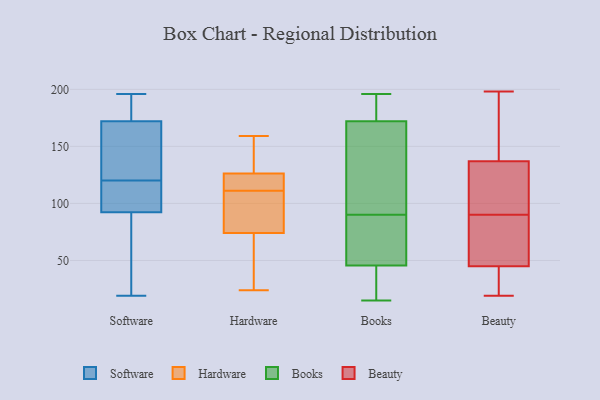
{"axis": {"x": "Market Share (%)", "y": "Value"}, "legend": ["Beauty", "Books", "Hardware", "Software"], "data": [{"x": "", "y": 177, "type": "Software"}, {"x": "", "y": 187, "type": "Software"}, {"x": "", "y": 93, "type": "Software"}, {"x": "", "y": 133, "type": "Software"}, {"x": "", "y": 132, "type": "Software"}, {"x": "", "y": 92, "type": "Software"}, {"x": "", "y": 173, "type": "Software"}, {"x": "", "y": 169, "type": "Software"}, {"x": "", "y": 114, "type": "Software"}, {"x": "", "y": 112, "type": "Software"}, {"x": "", "y": 19, "type": "Software"}, {"x": "", "y": 120, "type": "Software"}, {"x": "", "y": 48, "type": "Software"}, {"x": "", "y": 196, "type": "Software"}, {"x": "", "y": 60, "type": "Software"}, {"x": "", "y": 109, "type": "Hardware"}, {"x": "", "y": 26, "type": "Hardware"}, {"x": "", "y": 24, "type": "Hardware"}, {"x": "", "y": 142, "type": "Hardware"}, {"x": "", "y": 44, "type": "Hardware"}, {"x": "", "y": 152, "type": "Hardware"}, {"x": "", "y": 119, "type": "Hardware"}, {"x": "", "y": 111, "type": "Hardware"}, {"x": "", "y": 121, "type": "Hardware"}, {"x": "", "y": 84, "type": "Hardware"}, {"x": "", "y": 121, "type": "Hardware"}, {"x": "", "y": 108, "type": "Hardware"}, {"x": "", "y": 159, "type": "Hardware"}, {"x": "", "y": 100, "type": "Books"}, {"x": "", "y": 84, "type": "Books"}, {"x": "", "y": 99, "type": "Books"}, {"x": "", "y": 29, "type": "Books"}, {"x": "", "y": 196, "type": "Books"}, {"x": "", "y": 75, "type": "Books"}, {"x": "", "y": 36, "type": "Books"}, {"x": "", "y": 196, "type": "Books"}, {"x": "", "y": 56, "type": "Books"}, {"x": "", "y": 36, "type": "Books"}, {"x": "", "y": 193, "type": "Books"}, {"x": "", "y": 151, "type": "Books"}, {"x": "", "y": 116, "type": "Books"}, {"x": "", "y": 179, "type": "Books"}, {"x": "", "y": 15, "type": "Books"}, {"x": "", "y": 73, "type": "Books"}, {"x": "", "y": 182, "type": "Books"}, {"x": "", "y": 90, "type": "Books"}, {"x": "", "y": 42, "type": "Books"}, {"x": "", "y": 113, "type": "Beauty"}, {"x": "", "y": 43, "type": "Beauty"}, {"x": "", "y": 157, "type": "Beauty"}, {"x": "", "y": 50, "type": "Beauty"}, {"x": "", "y": 45, "type": "Beauty"}, {"x": "", "y": 137, "type": "Beauty"}, {"x": "", "y": 164, "type": "Beauty"}, {"x": "", "y": 19, "type": "Beauty"}, {"x": "", "y": 198, "type": "Beauty"}, {"x": "", "y": 72, "type": "Beauty"}, {"x": "", "y": 115, "type": "Beauty"}, {"x": "", "y": 52, "type": "Beauty"}, {"x": "", "y": 19, "type": "Beauty"}, {"x": "", "y": 108, "type": "Beauty"}]}